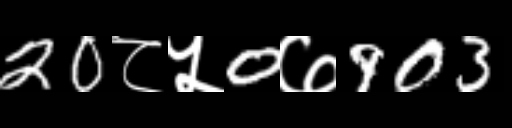
Text: 20८५0७903